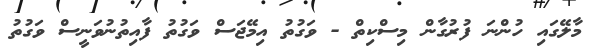
މާލޭގައި ހުންނަ ފުރުގާން މިސްކިތް - ވަގުތު އިމޭޖަސް ވަގުތު ފާއިތުނުވަނީސް ވަގުތު